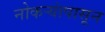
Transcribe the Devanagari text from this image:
नोकऱ्यांपासून